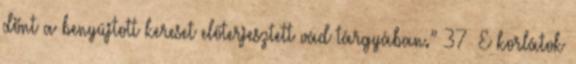
dönt a benyújtott kereset előterjesztett vád tárgyában.” 37 E korlátok